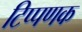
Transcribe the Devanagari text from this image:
टिप्पणक